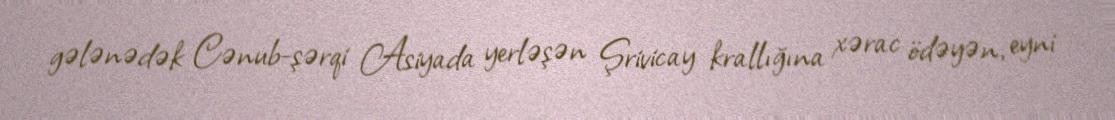
gələnədək Cənub-şərqi Asiyada yerləşən Şrivicay krallığına xərac ödəyən, eyni